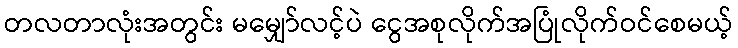
တလတာလုံးအတွင်း မမျှော်လင့်ပဲ ငွေအစုလိုက်အပြုံလိုက်ဝင်စေမယ့်